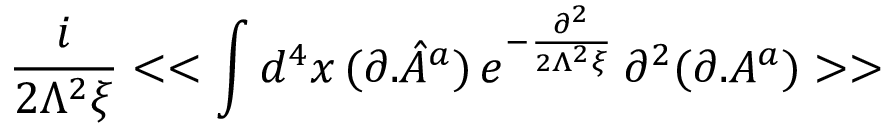
\frac { i } { 2 \Lambda ^ { 2 } \xi } < < \int d ^ { 4 } x \, ( \partial . { \hat { A } } ^ { a } ) \, e ^ { - \frac { \partial ^ { 2 } } { 2 \Lambda ^ { 2 } \xi } } \, \partial ^ { 2 } ( \partial . A ^ { a } ) > >